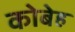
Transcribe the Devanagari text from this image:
कोबेह